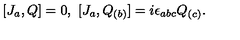
[ J _ { a } , Q ] = 0 , \ [ J _ { a } , Q _ { ( b ) } ] = i \epsilon _ { a b c } Q _ { ( c ) } .